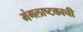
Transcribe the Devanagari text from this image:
मंगलाष्टकाची